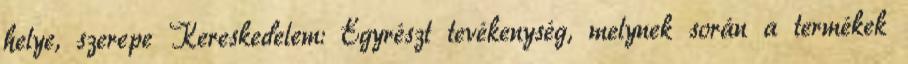
helye, szerepe Kereskedelem: Egyrészt tevékenység, melynek során a termékek